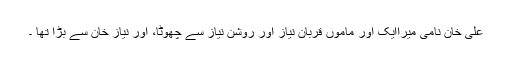
علی خان نامی میراایک اور ماموں قربان نیاز اور روشن نیاز سے چھوٹا، اور نیاز خان سے بڑا تھا ۔